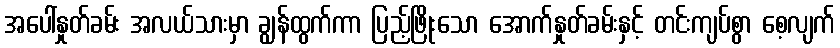
အပေါ်နှုတ်ခမ်း အလယ်သားမှာ ချွန်ထွက်ကာ ပြည့်ဖြိုးသော အောက်နှုတ်ခမ်းနှင့် တင်းကျပ်စွာ စေ့လျက်